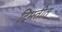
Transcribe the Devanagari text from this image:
दिमतीत